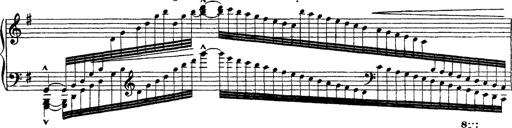
Title: Ã‰tudes d'exÃ©cution transcendante d'aprÃ¨s Paganini
Composer: Franz Liszt